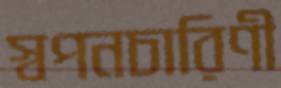
স্বপনচারিণী